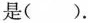
是( ).